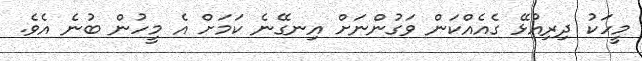
މީހަކު ދިރިއުޅޭ ގެއެއްކަން ވަގުންނަށް އިނގޭނެ ކަމަށް އެ މީހުން ބުނެ އެވެ.